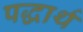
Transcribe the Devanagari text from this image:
पद्धार्थ